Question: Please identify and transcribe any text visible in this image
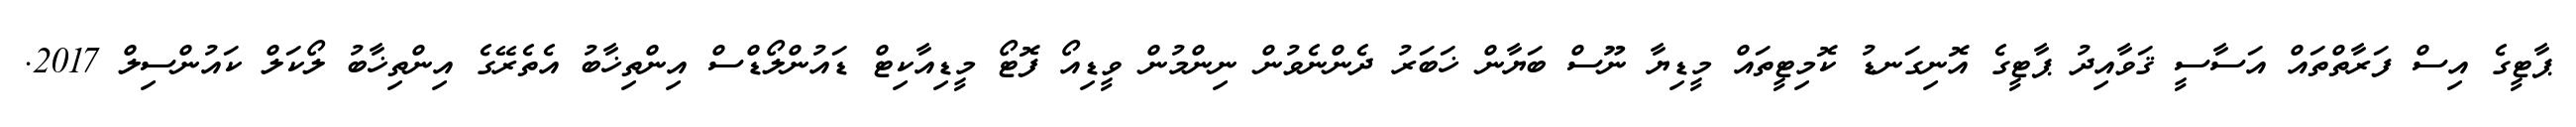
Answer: ޕާޓީގެ އިސް ފަރާތްތައް އަސާސީ ޤަވާއިދު ޕާޓީގެ އޮނިގަނޑު ކޮމިޓީތައް މީޑިޔާ ނޫސް ބަޔާން ޚަބަރު ދެންނެވުން ނިންމުން ވީޑިއޯ ފޮޓޯ މީޑިއާކިޓް ޑައުންލޯޑްސް އިންތިޚާބު އެތެރޭގެ އިންތިޚާބު ލޯކަލް ކައުންސިލް 2017.